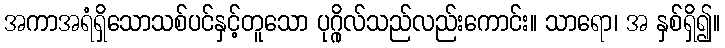
အကာအရံရှိသောသစ်ပင်နှင့်တူသော ပုဂ္ဂိုလ်သည်လည်းကောင်း။ သာရော၊ အ နှစ်ရှိ၍။